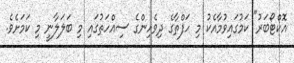
އޮކްޓޯބަރު" ކަމުގައިވުމާއެކު މި ހަފްތާގެ ދިވެހިންގެ ސިއްހަތުގައި މި ބަލަލާނީ މި ކަމަށެވެ.